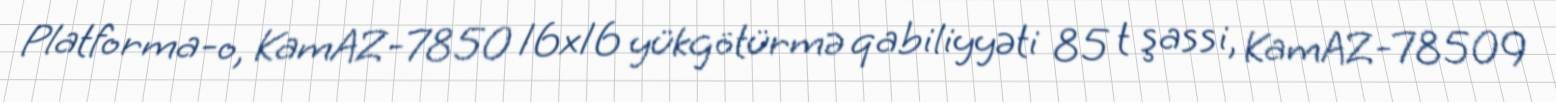
Platforma-o, KamAZ-7850 16x16 yükgötürmə qabiliyyəti 85 t şassi, KamAZ-78509